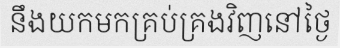
នឹងយកមកគ្រប់គ្រងវិញនៅថ្ងៃ